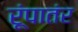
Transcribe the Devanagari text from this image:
रूंपातंर